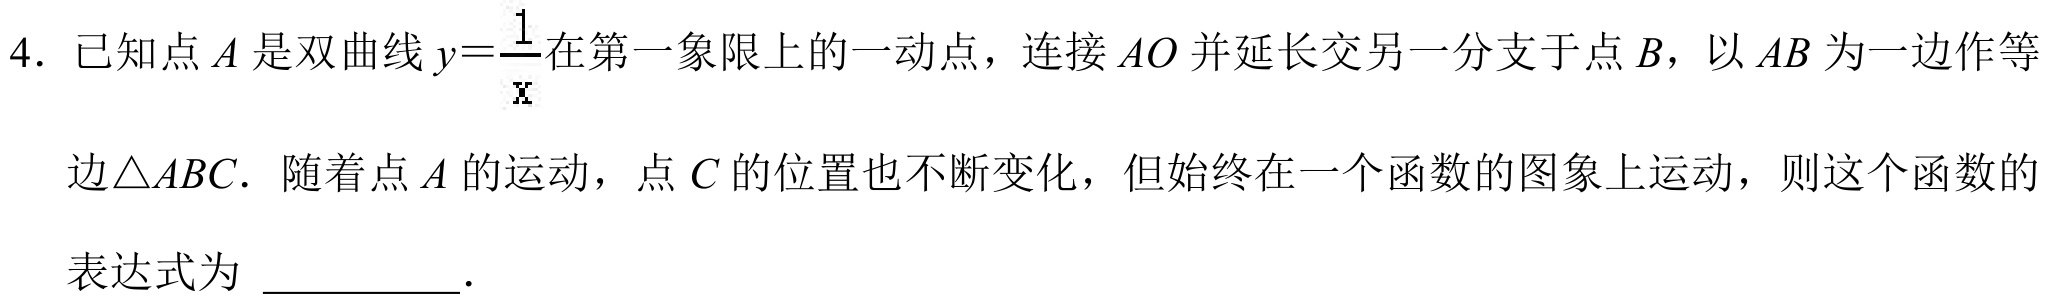
4. 已知点\(A\)是双曲线\(y = \dfrac{1}{x}\)在第一象限上的一动点，连接\(AO\)并延长交另一分支于点\(B\)，以\(AB\)为一边作等边\(\triangle ABC\)．随着点\(A\)的运动，点\(C\)的位置也不断变化，但始终在一个函数的图象上运动，则这个函数的表达式为 \_\_\_\_\_\_．